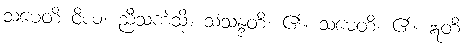
သမေတိ ဝိယ၊ ညီသကဲ့သို့။ သံသန္ဒတိ၊ ၏။ သမေတိ၊ ၏။ ဣတိ